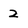
Character: 2